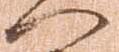
へ